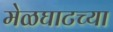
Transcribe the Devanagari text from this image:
मेळघाटच्या